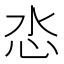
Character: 𢗨